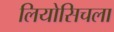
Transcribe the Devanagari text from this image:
लियोसिचला